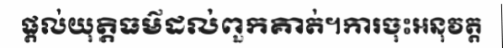
ផ្តល់យុត្តិធម៌ដល់ពួកគាត់។ការចុះអនុវត្ត